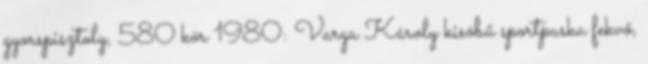
gyorspisztoly, 580 kör 1980: Varga Károly kisöbű sportpuska fekvő,